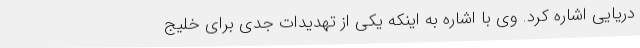
دریایی اشاره کرد. وی با اشاره به اینکه یکی از تهدیدات جدی برای خلیج